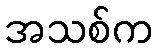
အသစ်က